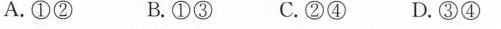
A.①② B.①③ C.②④ D.③④